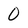
Character: 0